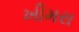
ખીમરા